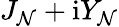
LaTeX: J_{\mathcal{N}}+\mathrm{{i}}Y_{\mathcal{N}}